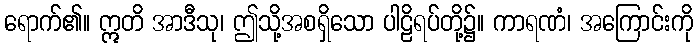
ရောက်၏။ ဣတိ အာဒီသု၊ ဤသို့အစရှိသော ပါဠိရပ်တို့၌။ ကာရဏံ၊ အကြောင်းကို